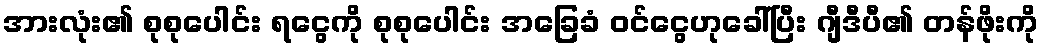
အားလုံး၏ စုစုပေါင်း ရငွေကို စုစုပေါင်း အခြေခံ ဝင်ငွေဟုခေါ်ပြီး ဂျီဒီပီ၏ တန်ဖိုးကို